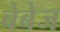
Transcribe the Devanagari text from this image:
बेबेज